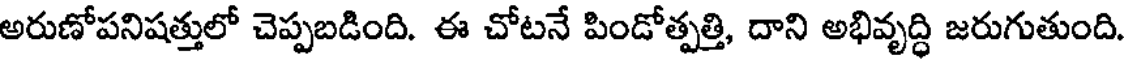
అరుణోపనిషత్తులో చెప్పబడింది. ఈ చోటనే పిండోత్పత్తి, దాని అభివృద్ధి జరుగుతుంది.